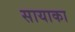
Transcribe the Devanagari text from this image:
सायाका